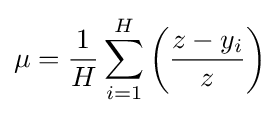
\mu ={\frac {1}{H}}\sum _{i=1}^{H}\left({\frac {z-y_{i}}{z}}\right)